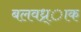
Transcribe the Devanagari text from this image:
बलवध्र्ाक